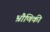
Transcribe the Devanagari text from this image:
भ्रौणिकी